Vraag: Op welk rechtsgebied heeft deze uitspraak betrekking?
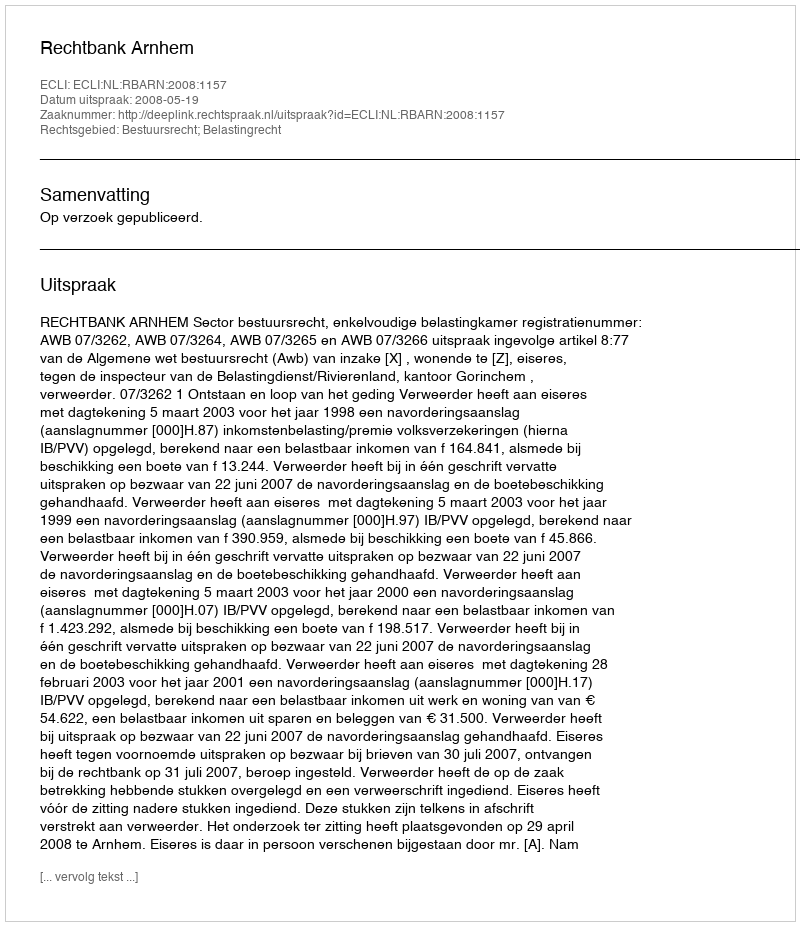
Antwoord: Bestuursrecht; Belastingrecht